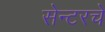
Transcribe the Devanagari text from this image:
सेन्टरचे